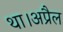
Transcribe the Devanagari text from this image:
था।अप्रैल